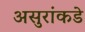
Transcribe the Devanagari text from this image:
असुरांकडे